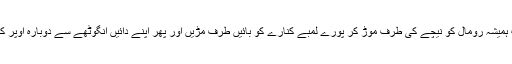
مرحلہ 11: اب ہمیشہ رومال کو نیچے کی طرف موڑ کر پورے لمبے کنارے کو بائیں طرف مڑیں اور پھر اپنے دائیں انگوٹھے سے دوبارہ اوپر کی طرف جائیں۔